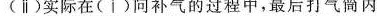
(ⅱ)实际在(i)问补气的过程中，最后打气筒内